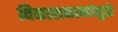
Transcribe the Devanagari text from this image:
विकासकामांमुळे